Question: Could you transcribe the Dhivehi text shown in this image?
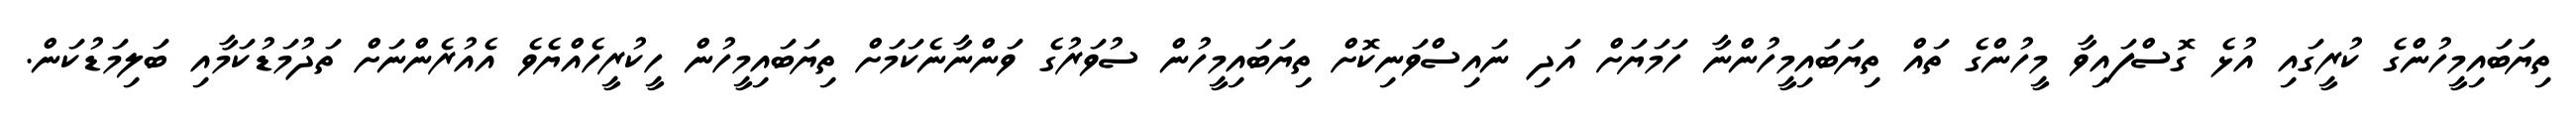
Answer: ތިޔަބައިމީހުންގެ ކުރީގައި އުޅެ ގޮސްފައިވާ މީހުންގެ ތައް ތިޔަބައިމީހުންނާ ހަމަޔަށް އަދި ނައިސްވަނިކޮށް ތިޔަބައިމީހުން ސުވަރުގެ ވަންނާނެކަމަށް ތިޔަބައިމީހުން ހީކުރީހެއްޔެވެ އެއުރެންނަށް ތަދުމަޑުކަމާއި ބަލިމަޑުކަން.